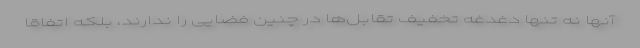
آنها نه تنها دغدغه تخفیف تقابل‌ها در چنین فضایی را ندارند، بلکه اتفاقا